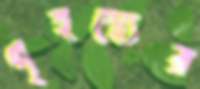
গৃহস্থ্যের